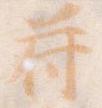
符